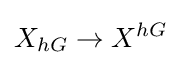
X_{hG}\to X^{hG}